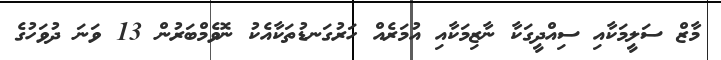
މާޒް ސަލީމަކާއި ސިއްދީގަކާ ނާޒިމަކާއި އުމަރެއް ހަރުގަނޑުތަކާއެކު ނޮވެމްބަރުން 13 ވަނަ ދުވަހުގެ